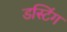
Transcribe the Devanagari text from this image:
डस्टिंग